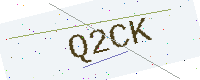
Text: Q2CK